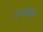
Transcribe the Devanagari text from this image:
दरसबरी